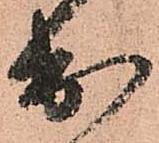
出